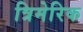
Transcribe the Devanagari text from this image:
त्रिमेरिक